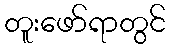
တူးဖော်ရာတွင်